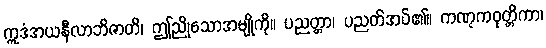
ဣဒံအယနီလာဘိဇာတိ၊ ဤညိုသောအမျိုကို။ ပညတ္တာ၊ ပညတ်အပ်၏။ ကဏ္ဋကဝုတ္တိကာ၊